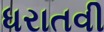
ધરાતવી